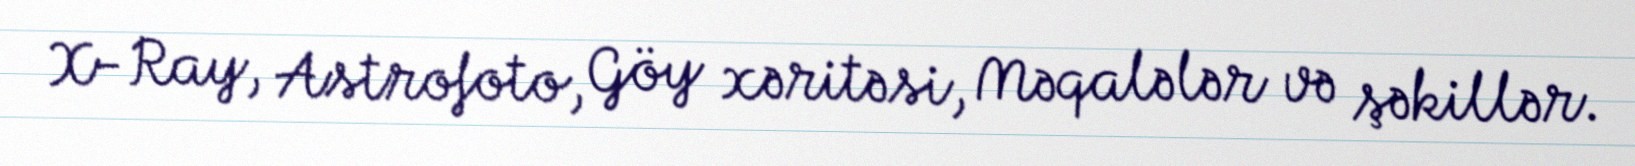
X-Ray, Astrofoto, Göy xəritəsi, Məqalələr və şəkillər.